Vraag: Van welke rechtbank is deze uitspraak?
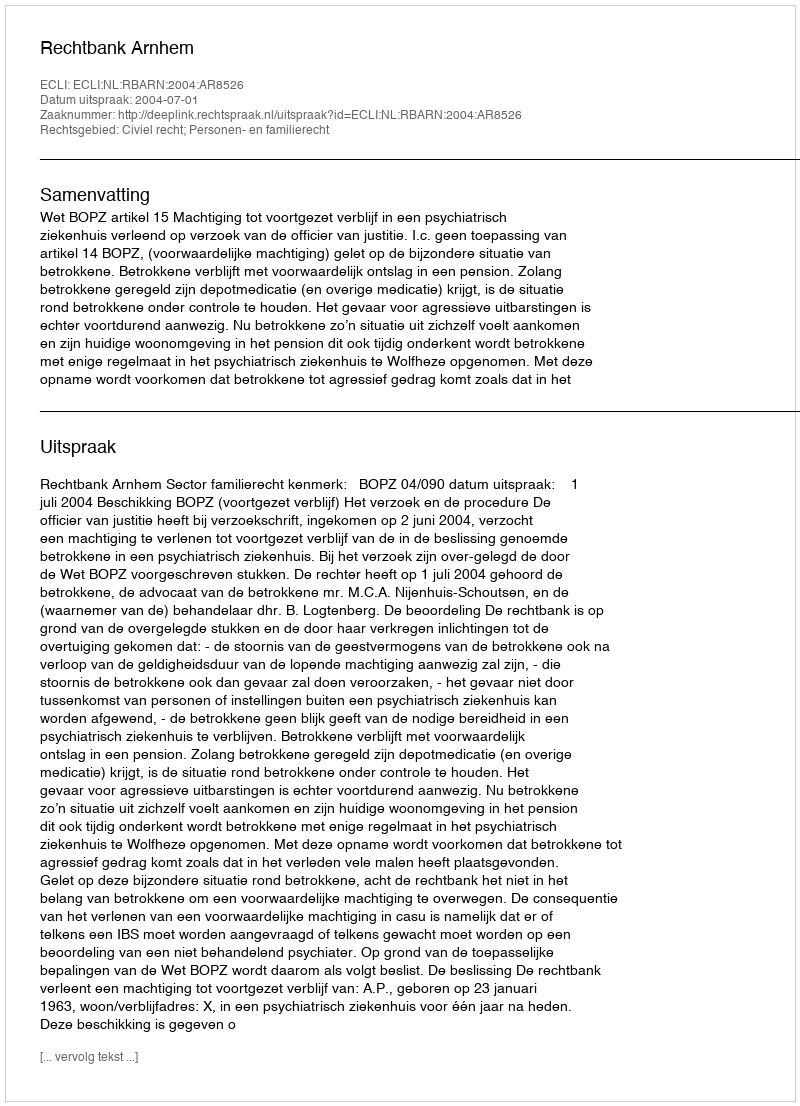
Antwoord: Rechtbank Arnhem